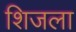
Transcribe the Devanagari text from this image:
शिजला